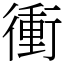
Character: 衝